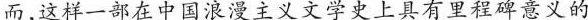
而,这样一部在中国浪漫主义文学史上具有里程碑意义的